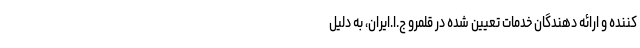
کننده و ارائه دهندگان خدمات تعیین شده در قلمرو ج.ا.ایران، به دلیل